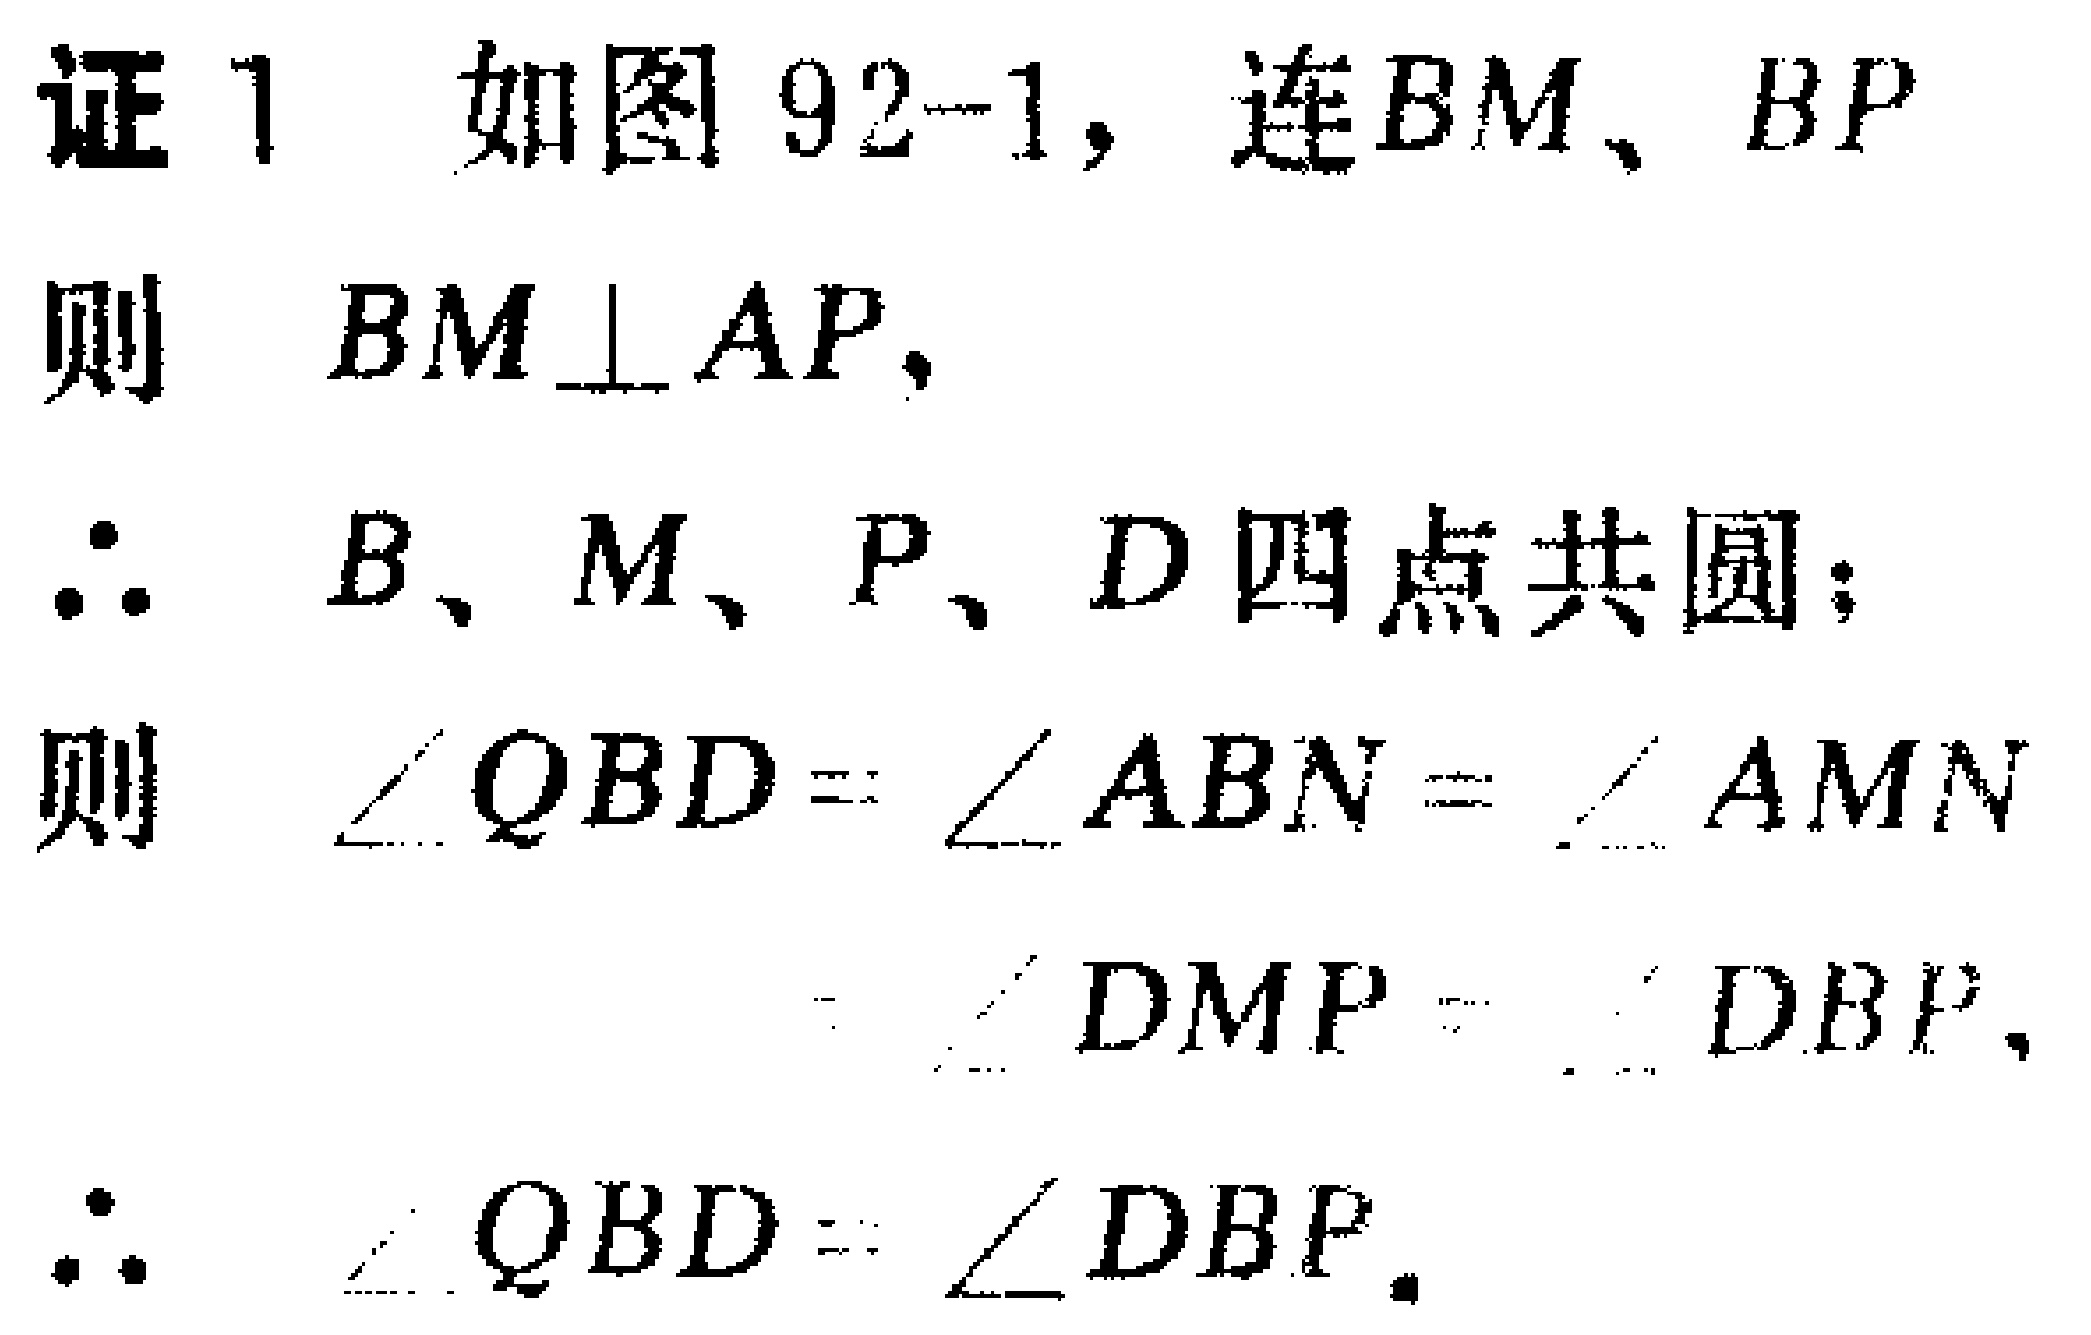
证 1 如图 92-1，连 \(BM\)、\(BP\)
则 \(BM\perp AP\)，
\(\therefore\) \(B\)、\(M\)、\(P\)、\(D\) 四点共圆；
则 \(\angle QBD = \angle ABN=\angle AMN\)
\(=\angle DMP=\angle DBP\)，
\(\therefore\) \(\angle QBD=\angle DBP\)。